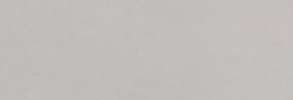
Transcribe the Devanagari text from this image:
के